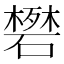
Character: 𬒟